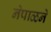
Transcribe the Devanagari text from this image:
नेपाळने